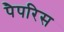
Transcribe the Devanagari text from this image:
पैपरिस